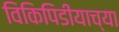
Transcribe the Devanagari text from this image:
विकिपिडीयाच्या